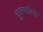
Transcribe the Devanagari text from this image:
चुतष्कोणों